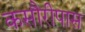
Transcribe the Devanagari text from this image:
कसौरीपास